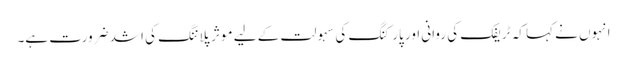
انہوں نے کہا کہ ٹریفک کی روانی اور پارکنگ کی سہولت کے لیے موثر پلاننگ کی اشد ضرورت ہے۔